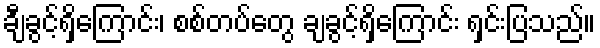
ချီခွင့်ရှိကြောင်း၊ စစ်တပ်တွေ ချခွင့်ရှိကြောင်း ရှင်းပြသည်။